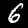
Digit: 6